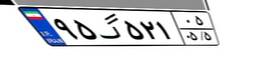
۹۵گ۵۲۱۰۵